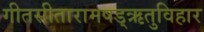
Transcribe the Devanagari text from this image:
गीतसीतारामषड्ऋतुविहार